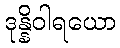
ဒုန္နိဝါရယော